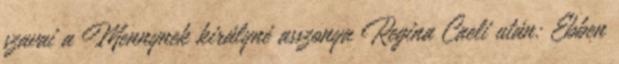
szavai a Mennynek királyné asszonya Regina Caeli után: Ebben